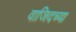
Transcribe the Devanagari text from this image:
वाजिदच्या